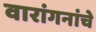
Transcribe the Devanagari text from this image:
वारांगनांचे